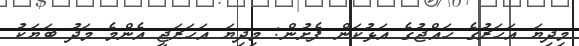
މިދިޔަ އަހަރުގެ ހައްޖުގެ އަޅުކަން ފެށުން: މިދިޔަ އަހަރަޖީ އެންމެ މަދު ބަޔަކު